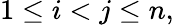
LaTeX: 1\leq i<j\leq n,